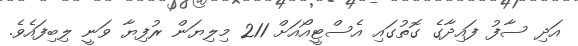
އަދި ސާފު ފައިދާގެ ގޮތުގައި އެސްޓީއޯއަށް 211 މިލިޔަން ރުފިޔާ ވަނީ ލިބިފައެވެ.